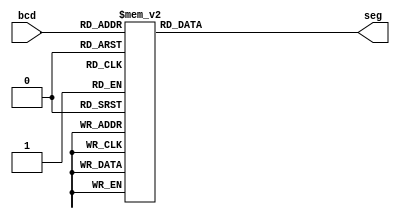
module decoder7seg (bcd,seg);
    input [3:0]bcd;
    output reg [6:0]seg;

    always @(bcd)
        case (bcd)
            4'b0000: seg=7'b0111111;
            4'b0001: seg=7'b0000110;
            4'b0010: seg=7'b1011011;
            4'b0011: seg=7'b1001111;
            4'b0100: seg=7'b1100110;
            4'b0101: seg=7'b1101101;
            4'b0110: seg=7'b1111101;
            4'b0111: seg=7'b0000111;
            4'b1000: seg=7'b1111111;
            4'b1001: seg=7'b1100111;
            default: seg=7'b0000000; 
        endcase
endmodule